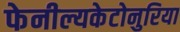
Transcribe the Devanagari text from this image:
फेनील्यकेटोनुरिया